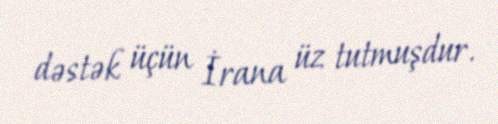
dəstək üçün İrana üz tutmuşdur.